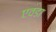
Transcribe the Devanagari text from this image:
एवडा